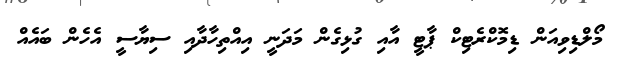
މޯލްޑިވިއަން ޑިމޮކްރެޓިކް ޕާޓީ އާއި ގުޅިގެން މަދަނީ އިއްތިހާދާއި ސިޔާސީ އެހެން ބައެއް